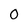
Character: O